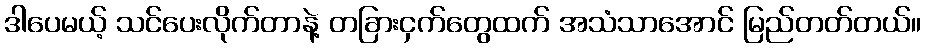
ဒါပေမယ့် သင်ပေးလိုက်တာနဲ့ တခြားငှက်တွေထက် အသံသာအောင် မြည်တတ်တယ်။